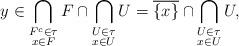
LaTeX: \begin{align*}y \in \bigcap_{\substack{F^c \in \tau \\ x \in F}} F \cap \bigcap_{\substack{U \in \tau \\ x \in U}} U = \overline{\{x\}} \cap \bigcap_{\substack{U \in \tau \\ x \in U}} U,\end{align*}